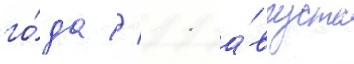
го́да // 11 а́вгуста